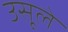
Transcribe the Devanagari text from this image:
उसूले